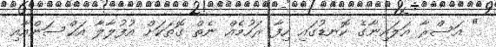
" އަސްރާ އަލައިނާގެ ކޮނޑުގައި ހިފާ ރަހުމެއް ނެތް ގޮތަކަށް އުފުލާލާ އަޙްސަންއާއި